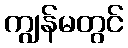
ကျွန်မတွင်